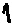
Text: 1